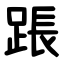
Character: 䠆